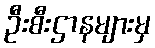
ဦးစီးဌာနများမှ